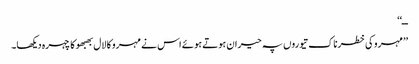
ــ‘‘
’’مہرو کی خطرناک تیوروں پہ حیران ہوتے ہوئے اس نے مہرو کا لال بھبھو کا چہرہ دیکھا۔